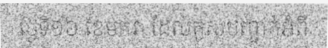
ថ្ងៃទី១៦ ខែមករា ដែលគូសបញ្ជាក់អំពី